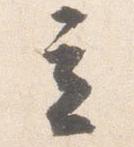
立